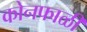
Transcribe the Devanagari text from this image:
कोनफाळी